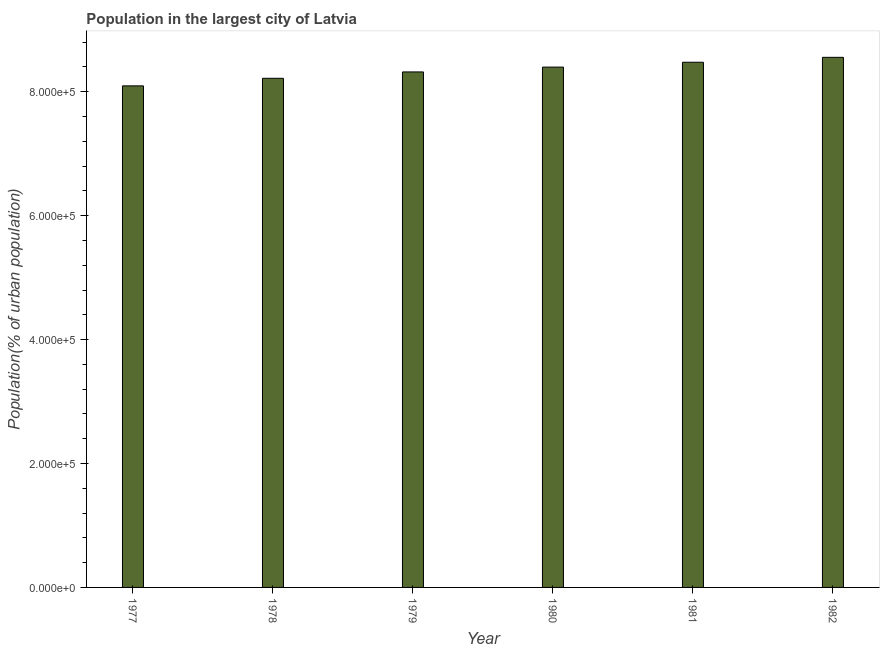
| Year | Population in largest city |
 | --- | --- |
 | 1977 | 8.09e+05 |
 | 1978 | 8.22e+05 |
 | 1979 | 8.32e+05 |
 | 1980 | 8.4e+05 |
 | 1981 | 8.48e+05 |
 | 1982 | 8.56e+05 |